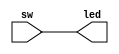
`timescale 1ns / 1ps
//////////////////////////////////////////////////////////////////////////////////
// Company: 
// Engineer: 
// 
// Design Name: 
// Module Name: led_sw
// Project Name: 
// Target Devices: 
// Tool Versions: 
// Description: 
// 
// Dependencies: 
// 
// Revision:
// Revision 0.01 - File Created
// Additional Comments:
// 
//////////////////////////////////////////////////////////////////////////////////


module led_sw(
     input [7:0] sw,
     output [7:0] led
    );
    assign led[7:0] = sw[7:0];
endmodule